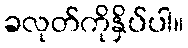
ခလုတ်ကိုနှိပ်ပါ။